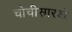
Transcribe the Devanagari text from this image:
चोचीसारखे